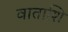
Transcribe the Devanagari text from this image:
वाताशि